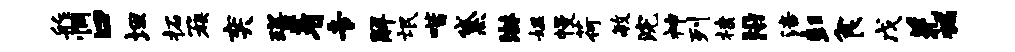
舴惘口坦柘簇奕琛着专解氓喈黛淋媪幔荷毓浣神列棣沿涪彭食戊羌褊